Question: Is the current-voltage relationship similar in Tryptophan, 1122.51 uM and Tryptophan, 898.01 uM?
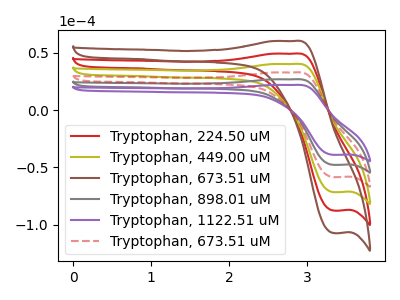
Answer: <think>The red curve "Tryptophan, 224.50 uM" has an anodic peak at (2.85V, 107.35uA) and a cathodic peak at (3.35V, -191.30uA). The olive curve "Tryptophan, 449.00 uM" has an anodic peak at (2.85V, 80.50uA) and a cathodic peak at (3.35V, -143.45uA). The brown curve "Tryptophan, 673.51 uM" has an anodic peak at (2.85V, 134.20uA) and a cathodic peak at (3.35V, -239.10uA). The gray curve "Tryptophan, 898.01 uM" has an anodic peak at (2.85V, 26.85uA) and a cathodic peak at (3.35V, -47.80uA). The purple curve "Tryptophan, 1122.51 uM" has an anodic peak at (2.85V, 21.95uA) and a cathodic peak at (3.35V, -39.05uA). The red dashed curve "Tryptophan, 673.51 uM" has an anodic peak at (2.85V, 53.70uA) and a cathodic peak at (3.35V, -95.65uA).
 All the peaks in "Tryptophan, 1122.51 uM" have a peak in "Tryptophan, 898.01 uM" at the same potential. Every peak in "Tryptophan, 1122.51 uM" is lower than every peak in "Tryptophan, 898.01 uM".</think>
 <answer>"Tryptophan, 1122.51 uM" and "Tryptophan, 898.01 uM" are similar in shape.</answer>
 <eval>same_shape</eval>